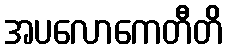
အပလောကေတီတိ